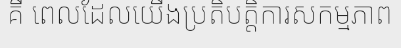
គឺ ពេលដែលយើងប្រតិបត្តិការសកម្មភាព